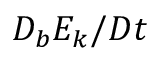
D _ { b } E _ { k } / D t